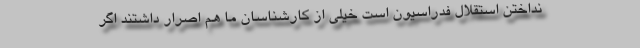
نداختن استقلال فدراسیون است خیلی از کارشناسان ما هم اصرار داشتند اگر